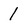
Character: 1